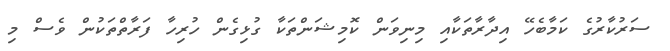
ސަރުކާރުގެ ކަމާބެހޭ އިދާރާތަކާއި މިނިވަން ކޮމިޝަންތަކާ ގުޅިގެން ހުރިހާ ފަރާތްތަކުން ވެސް މި